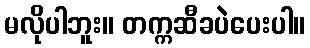
မလိုပါဘူး။ တက္ကဆီခပဲပေးပါ။